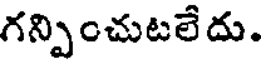
గన్పించుటలేదు.